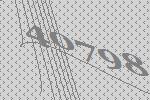
40798